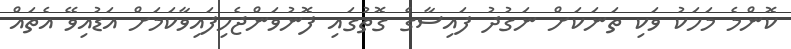
ކޮންމެ މަހަކު ވަކި ތަނަކަށް ނަގުދު ފައިސާގެ ގޮތުގައި ފޮނުވަންޖެހިފައިވާކަމަށް އަޑުއިވޭ އެތައް